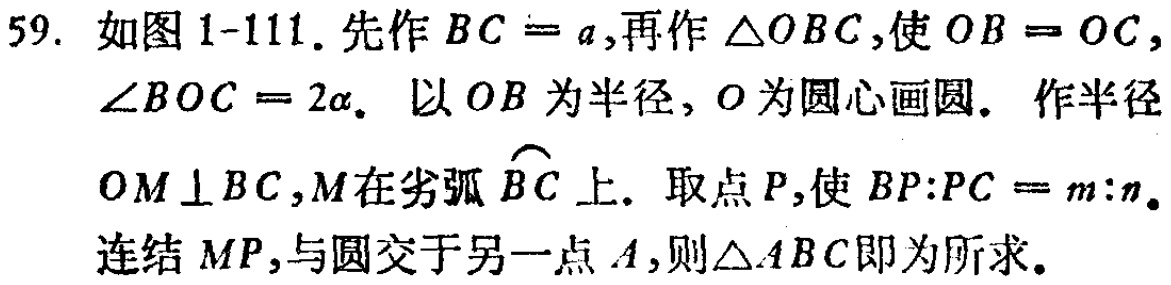
59. 如图 1-111. 先作 \(BC = a\),再作 \(\triangle OBC\),使 \(OB = OC\), \(\angle BOC = 2\alpha\). 以 \(OB\) 为半径, \(O\) 为圆心画圆. 作半径 \(OM\perp BC\), \(M\) 在劣弧 \(\overset{\frown}{BC}\) 上. 取点 \(P\),使 \(BP:PC = m:n\). 连结 \(MP\),与圆交于另一点 \(A\),则 \(\triangle ABC\) 即为所求.